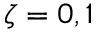
\zeta = 0 , 1